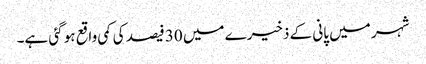
شہر میں پانی کے ذخیرے میں 30 فیصد کی کمی واقع ہو گئی ہے۔